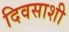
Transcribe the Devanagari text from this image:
दिवसाशी